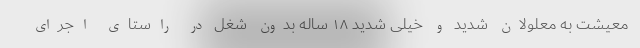
معیشت به معلولان شدید و خیلی شدید ۱۸ ساله بدون شغل در راستای اجرای